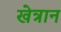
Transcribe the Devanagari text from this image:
खेत्रान